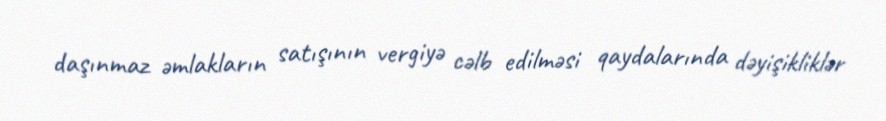
daşınmaz əmlakların satışının vergiyə cəlb edilməsi qaydalarında dəyişikliklər